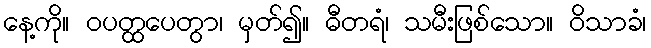
နေ့ကို။ ဝပတ္ထပေတွာ၊ မှတ်၍။ ဓီတရံ၊ သမီးဖြစ်သော။ ဝိသာခံ၊